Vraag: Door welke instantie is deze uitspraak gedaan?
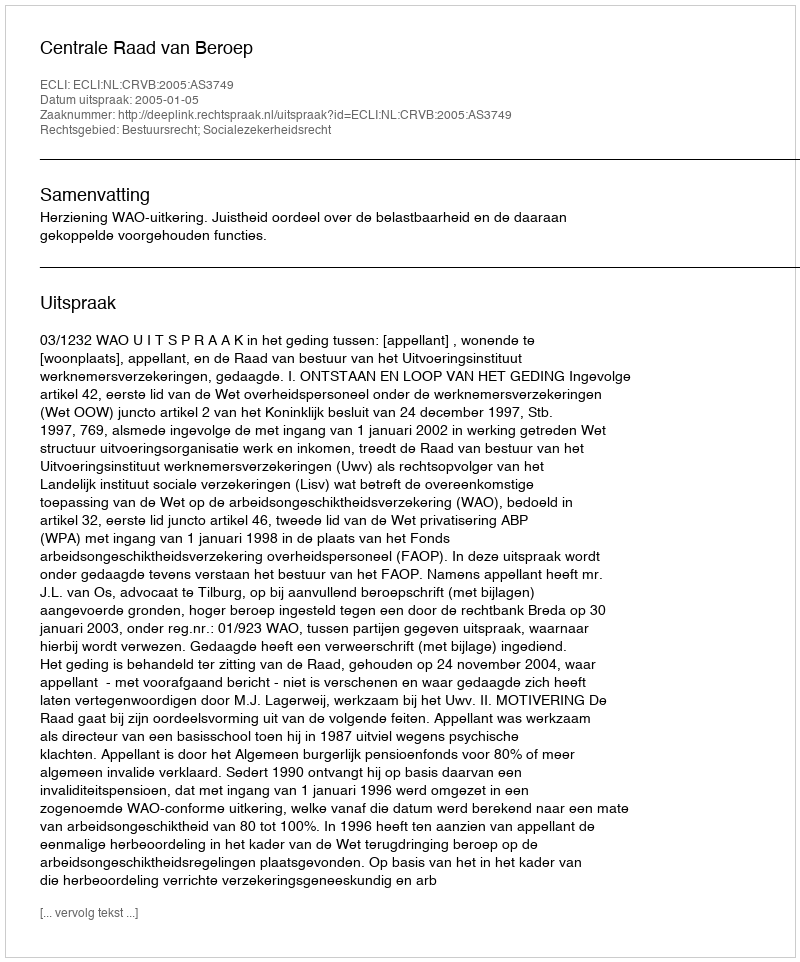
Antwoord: Centrale Raad van Beroep